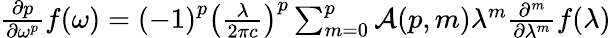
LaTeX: {\begin{array}{l}{{\frac{\partial{p}}{\partial{\omega}^{p}}}f\mathrm{(}\omega\mathrm{)}={\left(\mathrm{-}\mathrm{1}\right)}^{p}{\left({\frac{\lambda}{\mathrm{2}\pi c}}\right)}^{p}\sum_{m={0}}^{p}{{\mathcal{A}}\mathrm{(}p,m\mathrm{)}{\lambda}^{m}{\frac{{\partial}^{m}}{\partial{\lambda}^{m}}}f\mathrm{(}\lambda\mathrm{)}}}\end{array}}